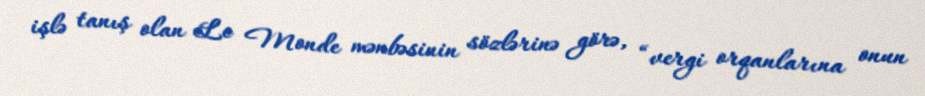
işlə tanış olan Le Monde mənbəsinin sözlərinə görə, “vergi orqanlarına onun